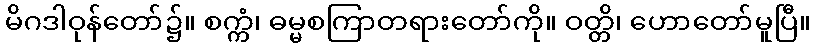
မိဂဒါဝုန်တော်၌။ စက္ကံ၊ ဓမ္မစကြာတရားတော်ကို။ ဝတ္တိ၊ ဟောတော်မူပြီ။